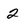
Character: 2